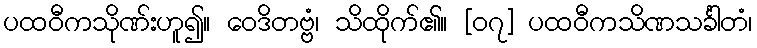
ပထဝီကသိုဏ်းဟူ၍။ ဝေဒိတဗ္ဗံ၊ သိထိုက်၏။ [၀၇] ပထဝီကသိဏသင်္ခါတံ၊